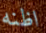
اظنه